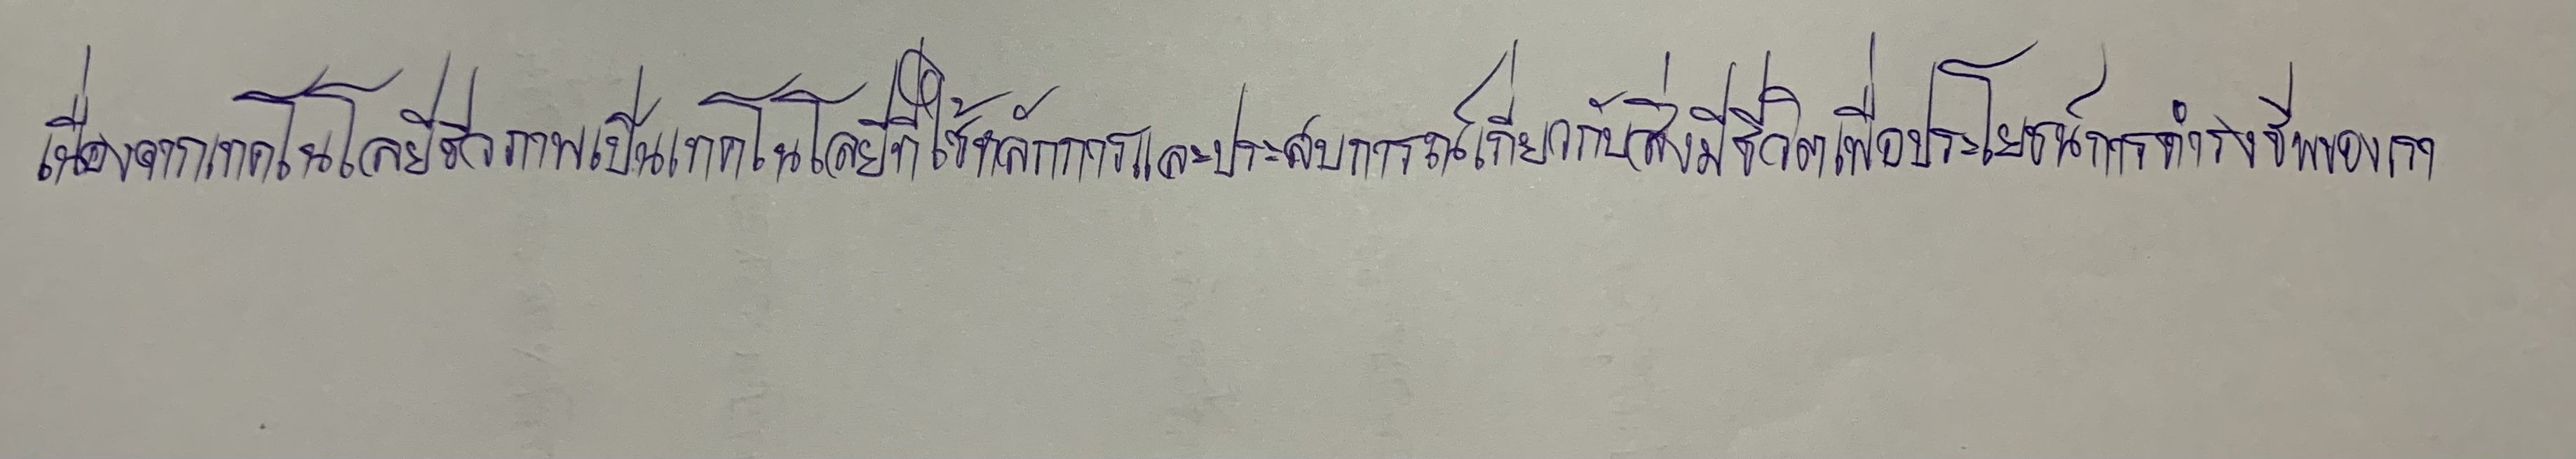
เนื่องจากเทคโนโลยีชีวภาพเป็นเทคโนโลยีที่ใช้หลักการและประสบการณ์เกี่ยวกับสิ่งมีชีวิตเพื่อประโยชน์การดำรงชีพของเรา